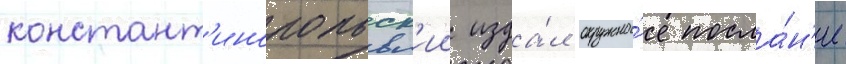
констант'инопольск'ии изда́л окружно́е посла́н'ие